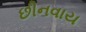
છીનવાય